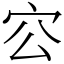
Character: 㝐